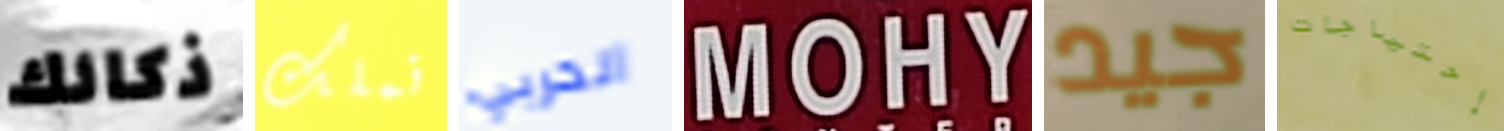
ذكائك نملك الحربي MOHY جيد إحتياجات